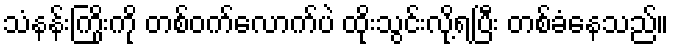
သံနန်းကြိုးကို တစ်ဝက်လောက်ပဲ ထိုးသွင်းလို့ရပြီး တစ်ခံနေသည်။